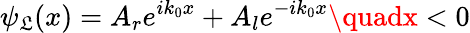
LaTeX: \psi_{\mathfrak{L}}(x)=A_{r}e^{ik_{0}x}+A_{l}e^{-ik_{0}x}\quadx<0